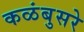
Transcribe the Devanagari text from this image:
कळंबुसरे